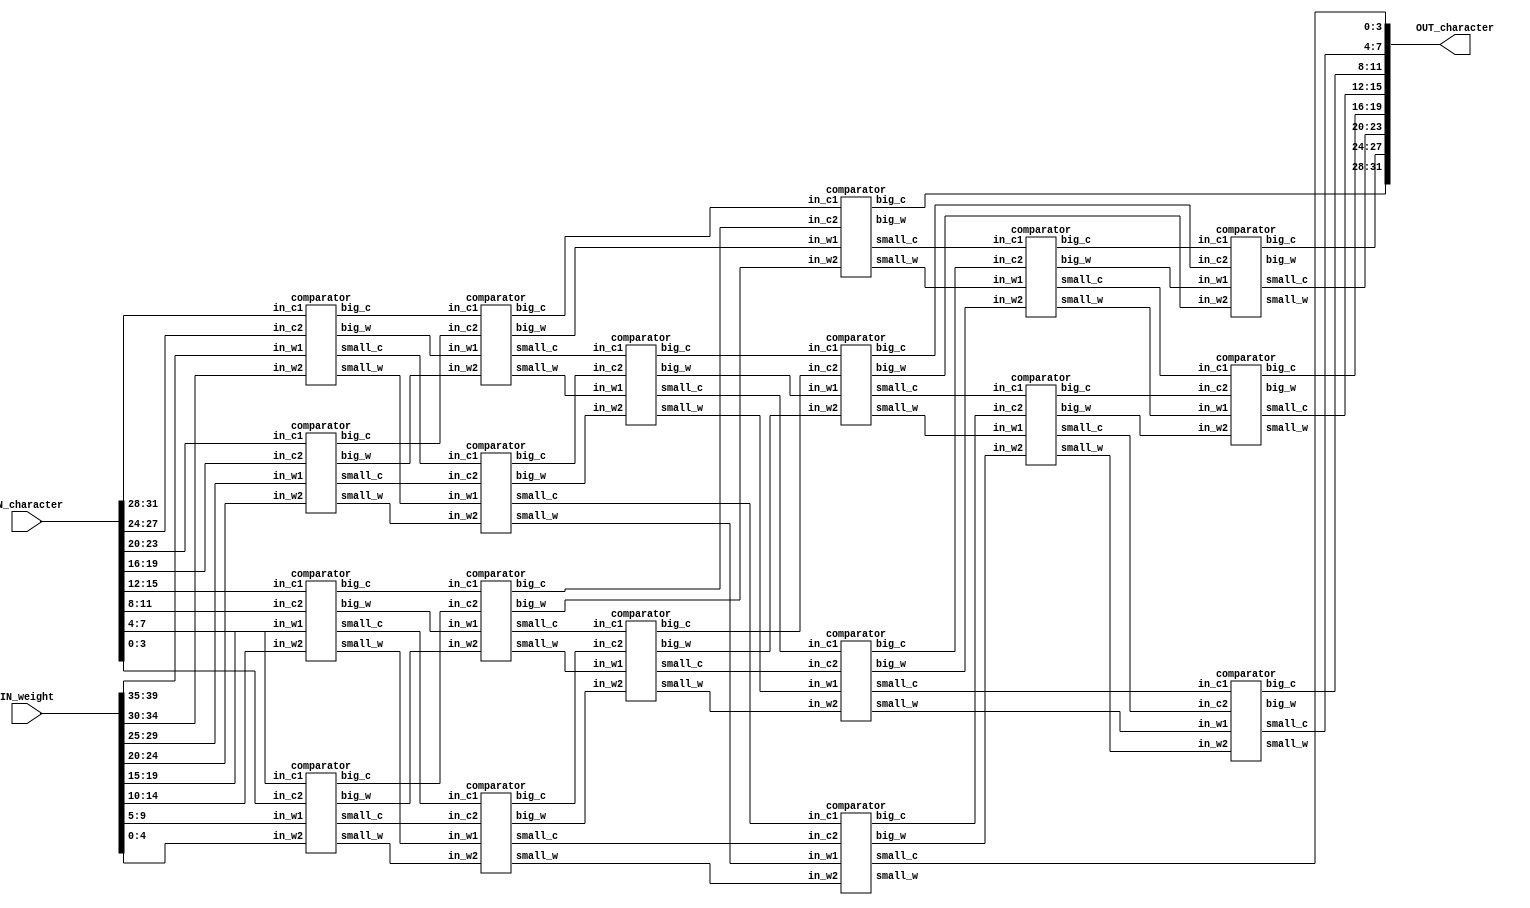
// //############################################################################
// //++++++++++++++++++++++++++++++++++++++++++++++++++++++++++++++++++++++++++++
// //    (C) Copyright System Integration and Silicon Implementation Laboratory
// //    All Right Reserved
// //		Date		: 2023/10
// //		Version		: v1.0
// //   	File Name   : SORT_IP.v
// //   	Module Name : SORT_IP
// //++++++++++++++++++++++++++++++++++++++++++++++++++++++++++++++++++++++++++++
// //############################################################################
// module SORT_IP #(parameter IP_WIDTH = 7) (
    // // Input signals
    // IN_character, IN_weight,
    // // Output signals
    // OUT_character
// );

// // ===============================================================
// // Input & Output
// // ===============================================================
// input [IP_WIDTH*4-1:0]  IN_character;
// input [IP_WIDTH*5-1:0]  IN_weight;

// output [IP_WIDTH*4-1:0] OUT_character;

// // ===============================================================
// // Design
// // ===============================================================

// reg [3:0] input_charac [0:IP_WIDTH-1] ;
// reg [4:0] input_weight [0:IP_WIDTH-1] ;

// wire [3:0] out_seg [0:IP_WIDTH-1] ;


// genvar i ;
// generate 
	// for (i = 0 ; i < 3 + ((IP_WIDTH - 3) * (IP_WIDTH + 2)) / 2 ; i = i + 1) begin : sort1
		// wire [3:0] out_cha [0:1] ;
		// wire [4:0] out_wei [0:1] ;
		// if (i == 0) begin 
			// comparator c0 (.in_c1(IN_character[3:0]), .in_c2(IN_character[IP_WIDTH*4-1 -: 4]), .in_w1(IN_weight[4:0]), .in_w2(IN_weight[IP_WIDTH*5-1 -: 5]), .big_c(out_cha[0]), .big_w(out_wei[0]), .small_c(out_cha[1]), .small_w(out_wei[1])) ;
		// end
		// else if (i > 0 && i < IP_WIDTH-1) begin 
			// comparator c1 (.in_c1(sort1[i-1].out_cha[0]), .in_c2(IN_character[(IP_WIDTH-i)*4-1 -: 4]), .in_w1(sort1[i-1].out_wei[0]), .in_w2(IN_weight[(IP_WIDTH-i)*5-1 -: 5]), .big_c(out_cha[0]), .big_w(out_wei[0]), .small_c(out_cha[1]), .small_w(out_wei[1])) ;
		// end
		// else if (i == IP_WIDTH-1) begin 
			// comparator c2 (.in_c1(sort1[i-1].out_cha[1]), .in_c2(sort1[0].out_cha[1]), .in_w1(sort1[i-1].out_wei[1]), .in_w2(sort1[0].out_wei[1]), .big_c(out_cha[0]), .big_w(out_wei[0]), .small_c(out_cha[1]), .small_w(out_wei[1])) ;
			
		// end
		// else if (i > IP_WIDTH-1 && i < 2*IP_WIDTH-3) begin 
			// comparator c3 (.in_c1(sort1[i-1].out_cha[0]), .in_c2(sort1[i-(IP_WIDTH-1)].out_cha[1]), .in_w1(sort1[i-1].out_wei[0]), .in_w2(sort1[i-(IP_WIDTH-1)].out_wei[1]), .big_c(out_cha[0]), .big_w(out_wei[0]), .small_c(out_cha[1]), .small_w(out_wei[1])) ;
		// end
		// else if (i == 2*IP_WIDTH-3) begin 
			// comparator c4 (.in_c1(sort1[i-1].out_cha[1]), .in_c2(sort1[IP_WIDTH-1].out_cha[1]), .in_w1(sort1[i-1].out_wei[1]), .in_w2(sort1[IP_WIDTH-1].out_wei[1]), .big_c(out_cha[0]), .big_w(out_wei[0]), .small_c(out_cha[1]), .small_w(out_wei[1])) ;
			
		// end
		// else if (i > 2*IP_WIDTH-3 && i < 3*IP_WIDTH-6) begin 
			// comparator c5 (.in_c1(sort1[i-1].out_cha[0]), .in_c2(sort1[i-(IP_WIDTH-2)].out_cha[1]), .in_w1(sort1[i-1].out_wei[0]), .in_w2(sort1[i-(IP_WIDTH-2)].out_wei[1]), .big_c(out_cha[0]), .big_w(out_wei[0]), .small_c(out_cha[1]), .small_w(out_wei[1])) ;
		// end
		// else if (i == 3*IP_WIDTH-6) begin 
			// comparator c6 (.in_c1(sort1[i-1].out_cha[1]), .in_c2(sort1[2*IP_WIDTH-3].out_cha[1]), .in_w1(sort1[i-1].out_wei[1]), .in_w2(sort1[2*IP_WIDTH-3].out_wei[1]), .big_c(out_cha[0]), .big_w(out_wei[0]), .small_c(out_cha[1]), .small_w(out_wei[1])) ;
			
		// end
		// else if (i > 3*IP_WIDTH-6 && i < 4*IP_WIDTH-10) begin 
			// comparator c7 (.in_c1(sort1[i-1].out_cha[0]), .in_c2(sort1[i-(IP_WIDTH-3)].out_cha[1]), .in_w1(sort1[i-1].out_wei[0]), .in_w2(sort1[i-(IP_WIDTH-3)].out_wei[1]), .big_c(out_cha[0]), .big_w(out_wei[0]), .small_c(out_cha[1]), .small_w(out_wei[1])) ;
		// end
		// else if (i == 4*IP_WIDTH-10) begin 
			// comparator c8 (.in_c1(sort1[i-1].out_cha[1]), .in_c2(sort1[3*IP_WIDTH-6].out_cha[1]), .in_w1(sort1[i-1].out_wei[1]), .in_w2(sort1[3*IP_WIDTH-6].out_wei[1]), .big_c(out_cha[0]), .big_w(out_wei[0]), .small_c(out_cha[1]), .small_w(out_wei[1])) ;
			
		// end
		// else if (i > 4*IP_WIDTH-10 && i < 5*IP_WIDTH-15) begin 
			// comparator c9 (.in_c1(sort1[i-1].out_cha[0]), .in_c2(sort1[i-(IP_WIDTH-4)].out_cha[1]), .in_w1(sort1[i-1].out_wei[0]), .in_w2(sort1[i-(IP_WIDTH-4)].out_wei[1]), .big_c(out_cha[0]), .big_w(out_wei[0]), .small_c(out_cha[1]), .small_w(out_wei[1])) ;
		// end
		// else if (i == 5*IP_WIDTH-15) begin 
			// comparator c10 (.in_c1(sort1[i-1].out_cha[1]), .in_c2(sort1[4*IP_WIDTH-10].out_cha[1]), .in_w1(sort1[i-1].out_wei[1]), .in_w2(sort1[4*IP_WIDTH-10].out_wei[1]), .big_c(out_cha[0]), .big_w(out_wei[0]), .small_c(out_cha[1]), .small_w(out_wei[1])) ;
		// end
		// else if (i == 26) begin 
			// comparator c11 (.in_c1(sort1[i-1].out_cha[0]), .in_c2(sort1[i-(IP_WIDTH-5)].out_cha[1]), .in_w1(sort1[i-1].out_wei[0]), .in_w2(sort1[i-(IP_WIDTH-5)].out_wei[1]), .big_c(out_cha[0]), .big_w(out_wei[0]), .small_c(out_cha[1]), .small_w(out_wei[1])) ;
		// end
		// else if (i == 27) begin 
			// comparator c12 (.in_c1(sort1[i-1].out_cha[1]), .in_c2(sort1[5*IP_WIDTH-15].out_cha[1]), .in_w1(sort1[i-1].out_wei[1]), .in_w2(sort1[5*IP_WIDTH-15].out_wei[1]), .big_c(out_cha[0]), .big_w(out_wei[0]), .small_c(out_cha[1]), .small_w(out_wei[1])) ;
		// end
		
		
		// if (IP_WIDTH == 8 && i == 27) begin
			// assign OUT_character = {sort1[i-21].out_cha[0], sort1[i-15].out_cha[0], sort1[i-10].out_cha[0], sort1[i-6].out_cha[0], sort1[i-3].out_cha[0], sort1[i-1].out_cha[0], out_cha[0], out_cha[1]} ;
		// end
		// else if (IP_WIDTH == 7 && i == 20) begin 
			// assign OUT_character = {sort1[i-15].out_cha[0], sort1[i-10].out_cha[0], sort1[i-6].out_cha[0], sort1[i-3].out_cha[0], sort1[i-1].out_cha[0], out_cha[0], out_cha[1]} ;
		// end
		// else if (IP_WIDTH == 6 && i == 14) begin 
			// assign OUT_character = {sort1[i-10].out_cha[0], sort1[i-6].out_cha[0], sort1[i-3].out_cha[0], sort1[i-1].out_cha[0], out_cha[0], out_cha[1]} ;
		// end
		// else if (IP_WIDTH == 5 && i == 9) begin 
			// assign OUT_character = {sort1[i-6].out_cha[0], sort1[i-3].out_cha[0], sort1[i-1].out_cha[0], out_cha[0], out_cha[1]} ;
		// end
		// else if (IP_WIDTH == 4 && i == 5) begin 
			// assign OUT_character = {sort1[i-3].out_cha[0], sort1[i-1].out_cha[0], out_cha[0], out_cha[1]} ;
		// end
		// else if (IP_WIDTH == 3 && i == 2) begin 
			// assign OUT_character = {sort1[i-1].out_cha[0], out_cha[0], out_cha[1]} ;
		// end
	// end
// endgenerate



// endmodule


// module comparator (in_c1, in_c2, in_w1, in_w2, big_c, big_w, small_c, small_w) ;

// input [3:0] in_c1, in_c2 ;
// input [4:0] in_w1, in_w2 ;
// output reg [3:0] big_c, small_c ;
// output reg [4:0] big_w, small_w ;
	
// always @ (*) begin 
	// if (in_w1 > in_w2 || (in_w1 == in_w2 && in_c1 > in_c2)) begin 
		// big_c = in_c1 ;
		// big_w = in_w1 ;
		// small_c = in_c2 ;
		// small_w = in_w2 ;
	// end
	// else begin 
		// big_c = in_c2 ;
		// big_w = in_w2 ;
		// small_c = in_c1 ;
		// small_w = in_w1 ;
	// end
// end	

// endmodule





//############################################################################
//++++++++++++++++++++++++++++++++++++++++++++++++++++++++++++++++++++++++++++
//    (C) Copyright System Integration and Silicon Implementation Laboratory
//    All Right Reserved
//		Version		: v1.0
//   	Module Name : SORT_IP
//++++++++++++++++++++++++++++++++++++++++++++++++++++++++++++++++++++++++++++
//############################################################################
module SORT_IP #(parameter IP_WIDTH = 8) (
    // Input signals
    IN_character, IN_weight,
    // Output signals
    OUT_character
);

// ===============================================================
// Input & Output
// ===============================================================
input [IP_WIDTH*4-1:0]  IN_character;
input [IP_WIDTH*5-1:0]  IN_weight;

output [IP_WIDTH*4-1:0] OUT_character;

// ===============================================================
// Design
// ===============================================================

wire [3:0] input_charac [0:7] ;
wire [4:0] input_weight [0:7] ;
wire [3:0] w_cha [0:37] ;
wire [4:0] w_wei [0:37] ;



genvar i, j ;
generate 
	for (i = 0 ; i < 8 ; i  = i + 1) begin 
		if (i < IP_WIDTH) begin 
			assign input_charac[i] = IN_character[(IP_WIDTH-i)*4-1 -: 4] ;
			assign input_weight[i] = IN_weight[(IP_WIDTH-i)*5-1 -: 5] ;
		end
		else begin 
			assign input_charac[i] = 0 ;
			assign input_weight[i] = 0 ;
		end
	end
endgenerate

comparator c0 (.in_c1(input_charac[0]), .in_c2(input_charac[1]), .in_w1(input_weight[0]), .in_w2(input_weight[1]), .big_c(w_cha[30]), .small_c(w_cha[31]), .big_w(w_wei[30]), .small_w(w_wei[31])) ;
comparator c1 (.in_c1(input_charac[2]), .in_c2(input_charac[3]), .in_w1(input_weight[2]), .in_w2(input_weight[3]), .big_c(w_cha[32]), .small_c(w_cha[33]), .big_w(w_wei[32]), .small_w(w_wei[33])) ;
comparator c2 (.in_c1(input_charac[4]), .in_c2(input_charac[5]), .in_w1(input_weight[4]), .in_w2(input_weight[5]), .big_c(w_cha[34]), .small_c(w_cha[35]), .big_w(w_wei[34]), .small_w(w_wei[35])) ;
comparator c3 (.in_c1(input_charac[6]), .in_c2(input_charac[7]), .in_w1(input_weight[6]), .in_w2(input_weight[7]), .big_c(w_cha[36]), .small_c(w_cha[37]), .big_w(w_wei[36]), .small_w(w_wei[37])) ;
comparator c4 (.in_c1(w_cha[30]), .in_c2(w_cha[32]), .in_w1(w_wei[30]), .in_w2(w_wei[32]), .big_c(w_cha[22]), .small_c(w_cha[23]), .big_w(w_wei[22]), .small_w(w_wei[23])) ;
comparator c5 (.in_c1(w_cha[31]), .in_c2(w_cha[33]), .in_w1(w_wei[31]), .in_w2(w_wei[33]), .big_c(w_cha[24]), .small_c(w_cha[25]), .big_w(w_wei[24]), .small_w(w_wei[25])) ;
comparator c6 (.in_c1(w_cha[34]), .in_c2(w_cha[36]), .in_w1(w_wei[34]), .in_w2(w_wei[36]), .big_c(w_cha[26]), .small_c(w_cha[27]), .big_w(w_wei[26]), .small_w(w_wei[27])) ;
comparator c7 (.in_c1(w_cha[35]), .in_c2(w_cha[37]), .in_w1(w_wei[35]), .in_w2(w_wei[37]), .big_c(w_cha[28]), .small_c(w_cha[29]), .big_w(w_wei[28]), .small_w(w_wei[29])) ;
comparator c8 (.in_c1(w_cha[22]), .in_c2(w_cha[26]), .in_w1(w_wei[22]), .in_w2(w_wei[26]), .big_c(w_cha[0]), .small_c(w_cha[16]), .big_w(w_wei[0]), .small_w(w_wei[16])) ;
comparator c9 (.in_c1(w_cha[23]), .in_c2(w_cha[24]), .in_w1(w_wei[23]), .in_w2(w_wei[24]), .big_c(w_cha[17]), .small_c(w_cha[18]), .big_w(w_wei[17]), .small_w(w_wei[18])) ;
comparator c10 (.in_c1(w_cha[27]), .in_c2(w_cha[28]), .in_w1(w_wei[27]), .in_w2(w_wei[28]), .big_c(w_cha[19]), .small_c(w_cha[20]), .big_w(w_wei[19]), .small_w(w_wei[20])) ;
comparator c11 (.in_c1(w_cha[25]), .in_c2(w_cha[29]), .in_w1(w_wei[25]), .in_w2(w_wei[29]), .big_c(w_cha[21]), .small_c(w_cha[7]), .big_w(w_wei[21]), .small_w(w_wei[7])) ;
comparator c12 (.in_c1(w_cha[18]), .in_c2(w_cha[20]), .in_w1(w_wei[18]), .in_w2(w_wei[20]), .big_c(w_cha[12]), .small_c(w_cha[13]), .big_w(w_wei[12]), .small_w(w_wei[13])) ;
comparator c13 (.in_c1(w_cha[17]), .in_c2(w_cha[19]), .in_w1(w_wei[17]), .in_w2(w_wei[19]), .big_c(w_cha[14]), .small_c(w_cha[15]), .big_w(w_wei[14]), .small_w(w_wei[15])) ;
comparator c14 (.in_c1(w_cha[16]), .in_c2(w_cha[12]), .in_w1(w_wei[16]), .in_w2(w_wei[12]), .big_c(w_cha[8]), .small_c(w_cha[9]), .big_w(w_wei[8]), .small_w(w_wei[9])) ;
comparator c15 (.in_c1(w_cha[15]), .in_c2(w_cha[21]), .in_w1(w_wei[15]), .in_w2(w_wei[21]), .big_c(w_cha[10]), .small_c(w_cha[11]), .big_w(w_wei[10]), .small_w(w_wei[11])) ;
comparator c16 (.in_c1(w_cha[8]), .in_c2(w_cha[14]), .in_w1(w_wei[8]), .in_w2(w_wei[14]), .big_c(w_cha[1]), .small_c(w_cha[2]), .big_w(w_wei[1]), .small_w(w_wei[2])) ;
comparator c17 (.in_c1(w_cha[9]), .in_c2(w_cha[10]), .in_w1(w_wei[9]), .in_w2(w_wei[10]), .big_c(w_cha[3]), .small_c(w_cha[4]), .big_w(w_wei[3]), .small_w(w_wei[4])) ;
comparator c18 (.in_c1(w_cha[13]), .in_c2(w_cha[11]), .in_w1(w_wei[13]), .in_w2(w_wei[11]), .big_c(w_cha[5]), .small_c(w_cha[6]), .big_w(w_wei[5]), .small_w(w_wei[6])) ;

generate 
	for (i = 0 ; i < IP_WIDTH ; i  = i + 1) begin 
		assign OUT_character[(IP_WIDTH-i)*4-1 -: 4] = w_cha[i] ;
	end
endgenerate


endmodule


module comparator (in_c1, in_c2, in_w1, in_w2, big_c, small_c, big_w, small_w) ;

input [3:0] in_c1, in_c2 ;
input [4:0] in_w1, in_w2 ;
output reg[3:0] big_c, small_c ;
output reg[4:0] big_w, small_w ;



always @ (*) begin 
	if (in_w1 > in_w2 || (in_w1 == in_w2 && in_c1 > in_c2)) begin 
		big_c = in_c1 ;
		big_w = in_w1 ;
		small_c = in_c2 ;
		small_w = in_w2 ;
	end
	else begin 
		big_c = in_c2 ;
		big_w = in_w2 ;
		small_c = in_c1 ;
		small_w = in_w1 ;
	end
end	

endmodule